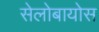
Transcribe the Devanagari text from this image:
सेलोबायोस